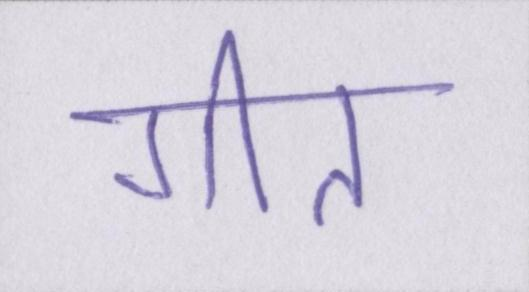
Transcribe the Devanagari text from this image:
गीत